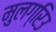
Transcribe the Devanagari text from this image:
मुलग्रिउ